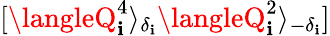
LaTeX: [\langleQ_{\mathbf{i}}^{4}\rangle_{\delta_{\mathbf{i}}}\langleQ_{\mathbf{i}}^{2}\rangle_{-\delta_{\mathbf{i}}}]